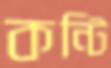
কন্টি